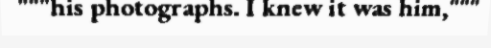
"""his photographs. I knew it was him,"""